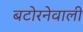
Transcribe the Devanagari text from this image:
बटोरनेवाली